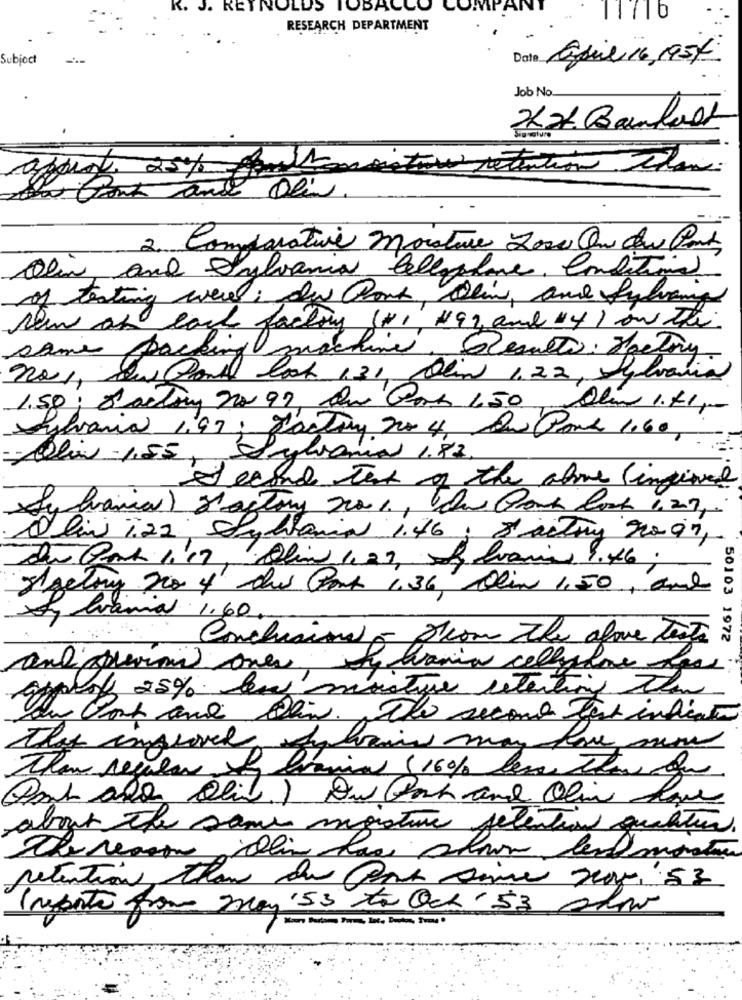
R. J. REYNOLDS TOBACCO CO
RESEARCH DEPARTMENT
Subject
april 16,1954
Job No
Appis 25% fouth
tion ttan.
Grant and
2. Comparative moisture Lowe On low Cost
Olin and Sylvania Cellophane, Conditional
of testing were : du Pont, Olive, and Sylvaing
New as each factory (+), #92 and "4) on the
same packing machine. Results: factory
look 131, Olin 1.22, Sylvania
1.50; Factory 20 97, Que Por 650
Alim 1.41p
Sylvania 1,97; factory no 4, Du Pont 1.60,
Olin -1,55,
Paglianias 1.82.
Second test of the above (ingived
Sylvania) factory 2001, de Port lock 1,29 ,-
Olive 7.22 Syllanial 1.46; 8 actiy 20 97,
Des Cont 1, 17, Alim 1, 27, Sala Ivarias 9.46;
ggetory no 4 dus Conk 1,36, Olin 1,50, and
lamia 1.60.
Conclusionel - Show the above tests
50103 1972
and previous over thania cellphone dass
appro 25% ley misture retentiong then
in Post ane Di. The second Test indication
this improved fahuis may have no
Than regler & lt
tania (16% less than fe
about the same moisture retention qualitur.
The reason this has shown der maston
retention than du pont Dove Joy, 53
Importe pour may '53 to Och'53 slov